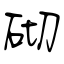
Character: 砌